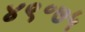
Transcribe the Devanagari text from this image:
४९॰७५